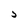
Character: J